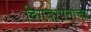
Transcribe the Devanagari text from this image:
दिगंबरपंतांचा